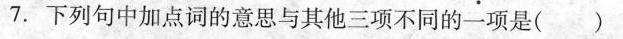
7.下列句中加点词的意思与其他三项不同的一项是( )